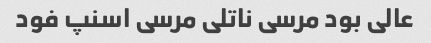
عالی بود مرسی ناتلی مرسی اسنپ فود